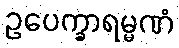
ဥပေက္ခာရမ္မဏံ